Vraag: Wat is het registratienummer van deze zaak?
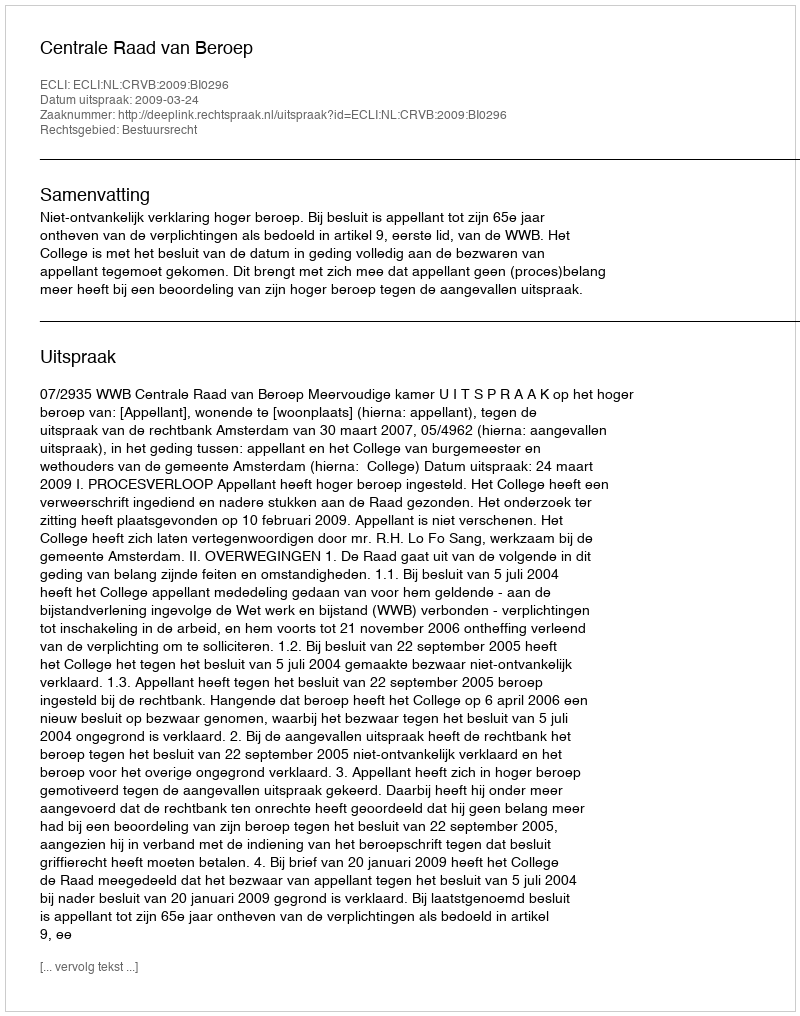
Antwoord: http://deeplink.rechtspraak.nl/uitspraak?id=ECLI:NL:CRVB:2009:BI0296